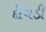
દીવડી